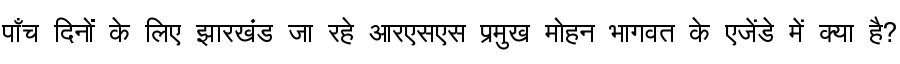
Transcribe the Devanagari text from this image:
पाँच दिनों के लिए झारखंड जा रहे आरएसएस प्रमुख मोहन भागवत के एजेंडे में क्या है?